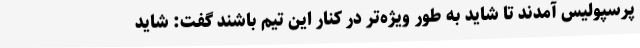
پرسپولیس آمدند تا شاید به طور ویژه‌تر در کنار این تیم باشند گفت: شاید